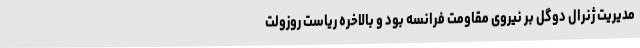
مدیریت ژنرال دوگل بر نیروی مقاومت فرانسه بود و بالاخره ریاست روزولت